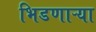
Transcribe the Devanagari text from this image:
भिडणाऱ्या